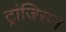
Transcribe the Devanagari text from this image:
ट्रांजिसन